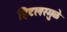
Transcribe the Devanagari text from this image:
हिटलरमुळे